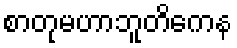
စာတုမဟာဘူတိကေန